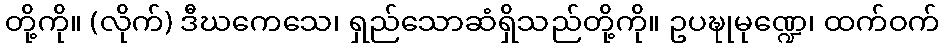
တို့ကို။ (လိုက်) ဒီဃကေသေ၊ ရှည်သောဆံရှိသည်တို့ကို။ ဥပဍ္ဎုမုဏ္ဍေ၊ ထက်ဝက်